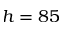
h = 8 5